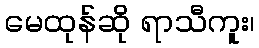
မေထုန်ဆို ရာသီကူး၊